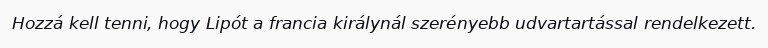
Hozzá kell tenni, hogy Lipót a francia királynál szerényebb udvartartással rendelkezett.